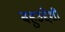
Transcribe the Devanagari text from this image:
बहुउद्देशी